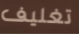
تغليف